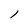
Character: l